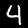
Label: 4